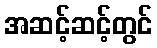
အဆင့်ဆင့်တွင်